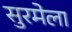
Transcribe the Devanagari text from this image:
सुरमेला